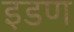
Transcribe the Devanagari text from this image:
इडण